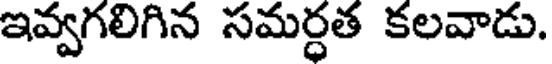
ఇవ్వగలిగిన సమర్ధత కలవాడు.